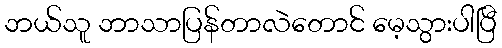
ဘယ်သူ ဘာသာပြန်တာလဲတောင် မေ့သွားပါပြီ